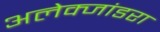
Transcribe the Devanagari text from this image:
अलेक्जांडरा